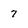
Character: 7